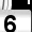
Digit: 6